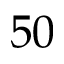
5 0